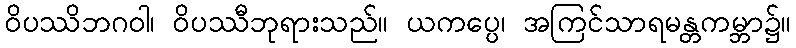
ဝိပဿိဘဂဝါ၊ ဝိပဿီဘုရားသည်။ ယကပ္ပေ၊ အကြင်သာရမန္တကမ္ဘာ၌။